Emmaste_vallavalitsus, lk 29
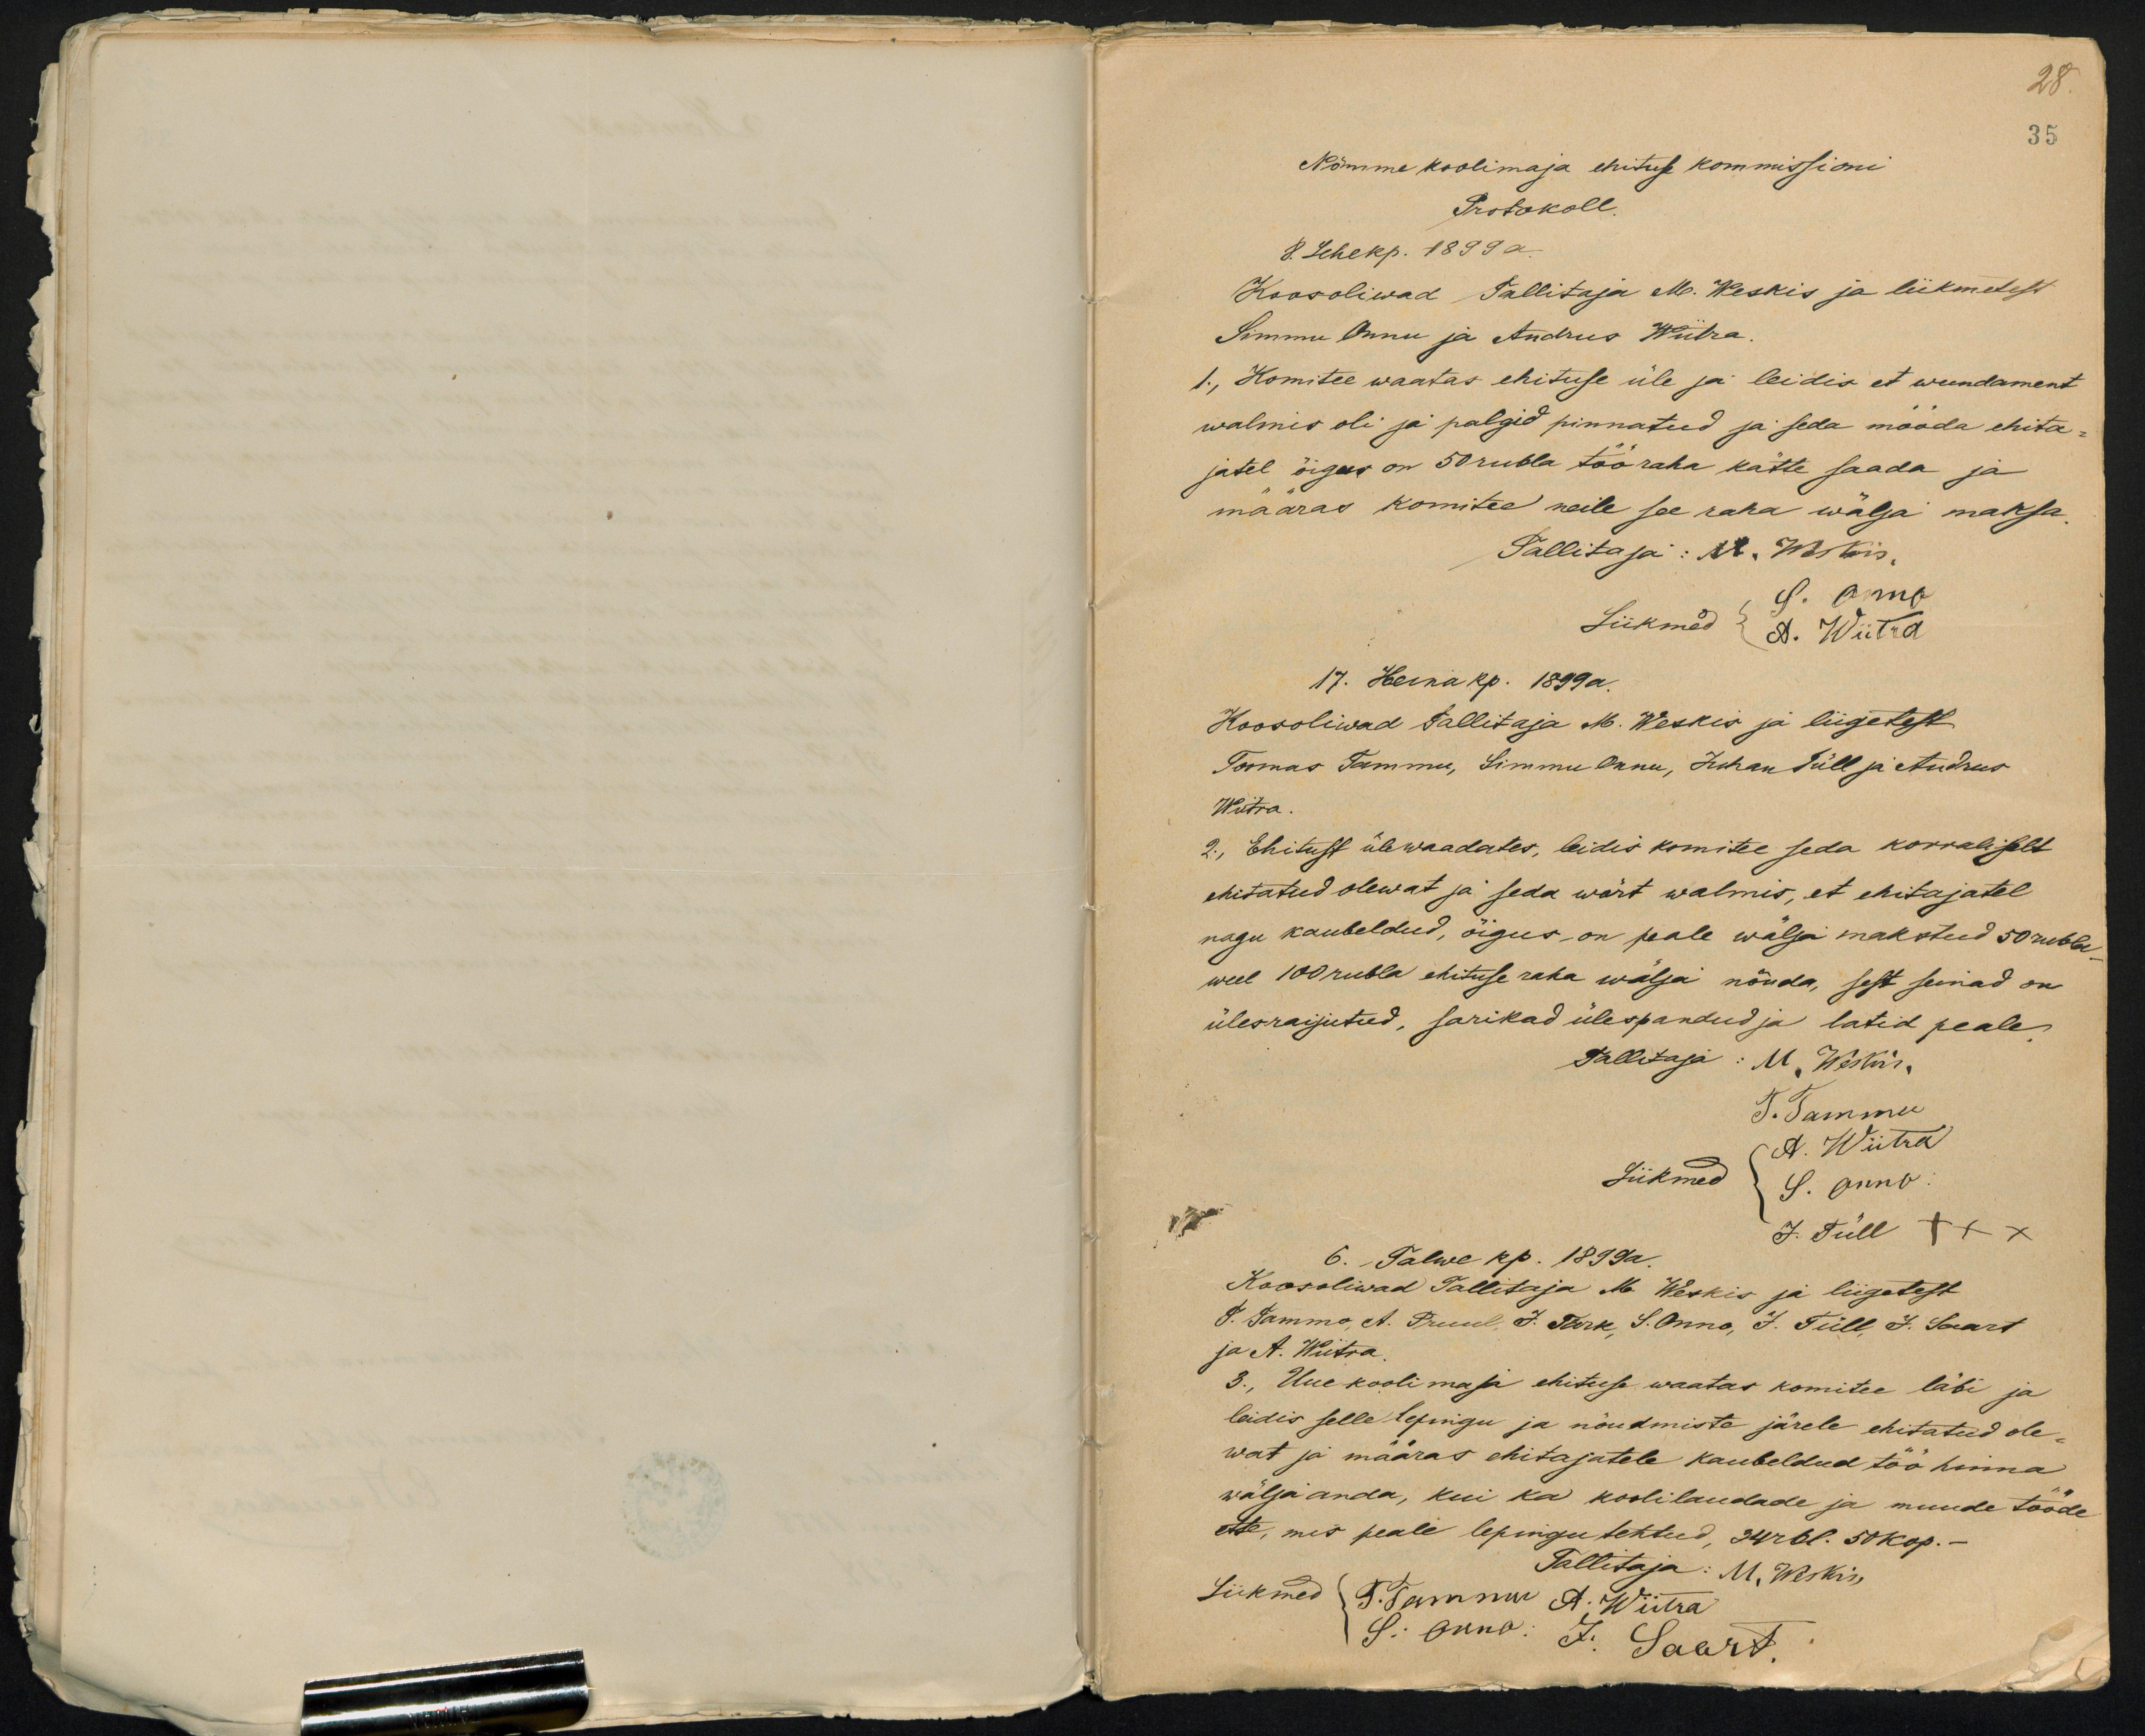
28
35
Nõmme koolimaja ehituse kommissioni
Protokoll.
8. Lehekp. 1899 a.
Koos oliwad Tallitaja M. Weskis ja liikmetest
Simmu Onnu ja Andrus Wiitra.
1., Komitee waatas ehituse üle ja leidis et wundament
walmis oli ja palgid pinnatud ja seda mööda ehita-
jatel õigus on 50 rubla tööraha kätte saada ja
määras komitee neile see raha wälja maksa
Tallitaja: N. Weskis,
S. Onno
Liikmed A. Wiitra
17. Heinakp. 1899 a.
Koosoliwad Tallitaja M. Weskis ja liigetest
Toomas Tammu, Simmu Onnu, Juhan Süll ja Andrus
Wiitra.
2., Ehitust ülewaadates, leidis komitee seda korraliselt
ehitatud olewat ja seda wärt walmis, et ehitajatel
nagu kaubeldud, õigus, on peale wälja makstud 50 rubla
weel 100 rubla ehituse raha wälja nõuda, sest seinad on
ülesraijutud, sarikad ülespandud ja latid peale.
Tallitaja: M. Weskis,
T. Tammu
A. Wiitra
Liikmed
S. Onno.
J. Tüll +xx
6. Talwe kp. 1899a.
Koosoliwad Tallitaja M. Weskis ja liigetest
T. Tammo, A. Pruul, J. Tark, S. Onno, J. Tüll, J. Saart
ja A. Wiitra.
3., Uue koolimaja ehituse waatas komitee läbi ja
leidis selle lepingu ja nõudmiste järele ehitatud ole-
wat ja määras ehitajatele kaubeldud töö hinna
wälja anda, kui ka koolilaudade ja muude tööde
ette, mis peale lepingu tehtud, 34 rbl. 50 kop.
Tallitaja: M. Weskis,
Liikmed T. Tammu A. Wiitra
S. Onno: J. Saart.